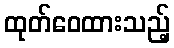
ထုတ်ဝေထားသည့်